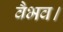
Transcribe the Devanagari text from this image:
वैभव।